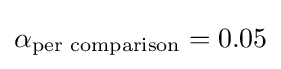
\alpha _{\text{per comparison}}=0.05